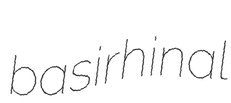
basirhinal